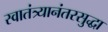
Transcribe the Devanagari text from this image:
स्वातंत्र्यानंतरसुद्धा